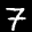
Label: 7